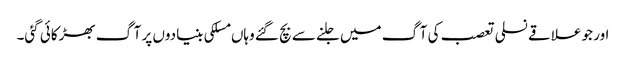
اور جو علاقے نسلی تعصب کی آگ میں جلنے سے بچ گئے وہاں مسلکی بنیادوں پر آگ بھڑکائی گئی۔